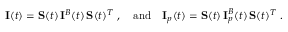
{ \bf \cal I } ( t ) = { \bf \cal S } ( t ) \, { \bf \cal I } ^ { B } ( t ) \, { \bf \cal S } ( t ) ^ { T } \ , \quad \mathrm { a n d } \quad { \bf \cal I } _ { p } ( t ) = { \bf \cal S } ( t ) \, { \bf \cal I } _ { p } ^ { B } ( t ) \, { \bf \cal S } ( t ) ^ { T } \ .